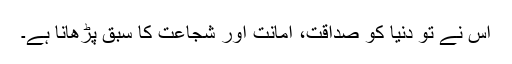
اس نے تو دنیا کو صداقت، امانت اور شجاعت کا سبق پڑھانا ہے۔